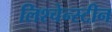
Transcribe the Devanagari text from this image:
लिश्चेन्स्टीन